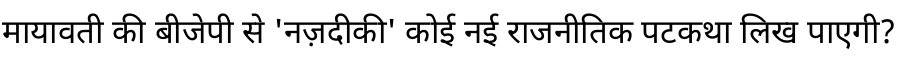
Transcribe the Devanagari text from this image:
मायावती की बीजेपी से 'नज़दीकी' कोई नई राजनीतिक पटकथा लिख पाएगी?